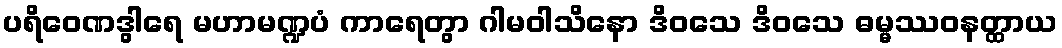
ပရိဝေဏဒွါရေ မဟာမဏ္ဍပံ ကာရေတွာ ဂါမဝါသိနော ဒိဝသေ ဒိဝသေ ဓမ္မဿဝနတ္ထာယ